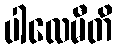
ပါလေမီတိ